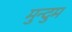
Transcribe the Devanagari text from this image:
मुन्दुम